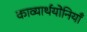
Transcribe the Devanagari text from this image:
काव्यार्थयोनियाँ